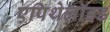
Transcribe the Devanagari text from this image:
एपिथेलॉइड